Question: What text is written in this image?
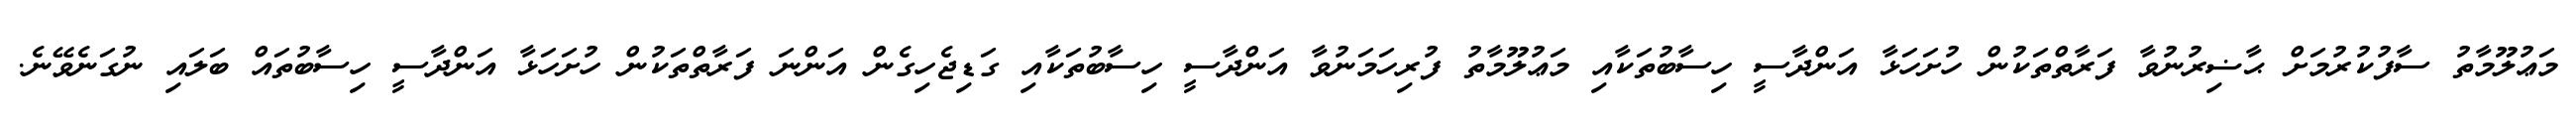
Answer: މަޢުލޫމާތު ސާފުކުރުމަށް ޙާޟިރުނުވާ ފަރާތްތަކުން ހުށަހަޅާ އަންދާސީ ހިސާބުތަކާއި މަޢުލޫމާތު ފުރިހަމަނުވާ އަންދާސީ ހިސާބުތަކާއި ގަޑިޖެހިގެން އަންނަ ފަރާތްތަކުން ހުށަހަޅާ އަންދާސީ ހިސާބުތައް ބަލައި ނުގަނެވޭނެ.